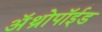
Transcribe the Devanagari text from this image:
अॅथ्रोपॉईड